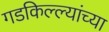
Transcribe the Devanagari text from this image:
गडकिल्ल्यांच्या